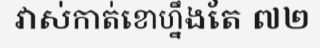
វាស់កាត់ខោហ្នឹងតែ ៧២